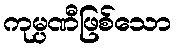
ကုမ္ပဏီဖြစ်သော